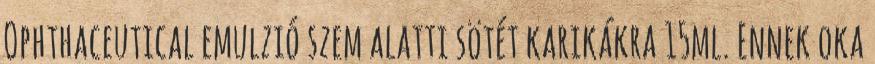
Ophthaceutical emulzió szem alatti sötét karikákra 15ml. Ennek oka